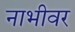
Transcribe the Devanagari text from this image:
नाभीवर